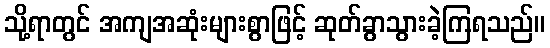
သို့ရာတွင် အကျအဆုံးများစွာဖြင့် ဆုတ်ခွာသွားခဲ့ကြရသည်။